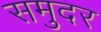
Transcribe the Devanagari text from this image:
समुदर